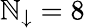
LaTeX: \mathbb{N}_{\downarrow}=8